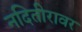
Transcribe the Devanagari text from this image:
नदितीरावर